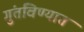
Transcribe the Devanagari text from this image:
गुंतविण्यात